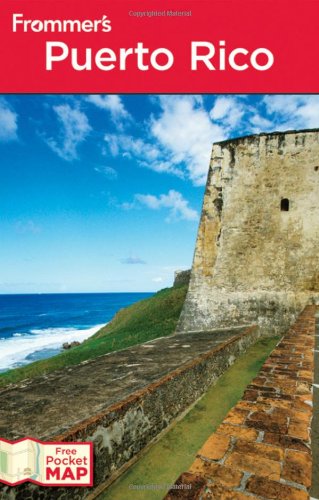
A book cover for Frommer's Puerto Rico (Frommer's Complete Guides); John Marino; Travel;